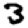
Digit: 3